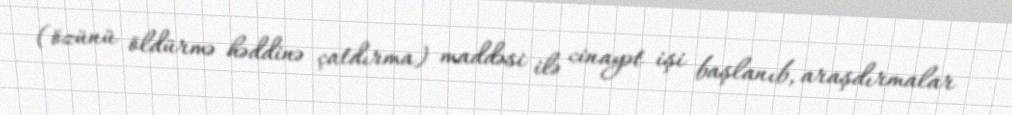
(özünü öldürmə həddinə çatdırma) maddəsi ilə cinayət işi başlanıb, araşdırmalar